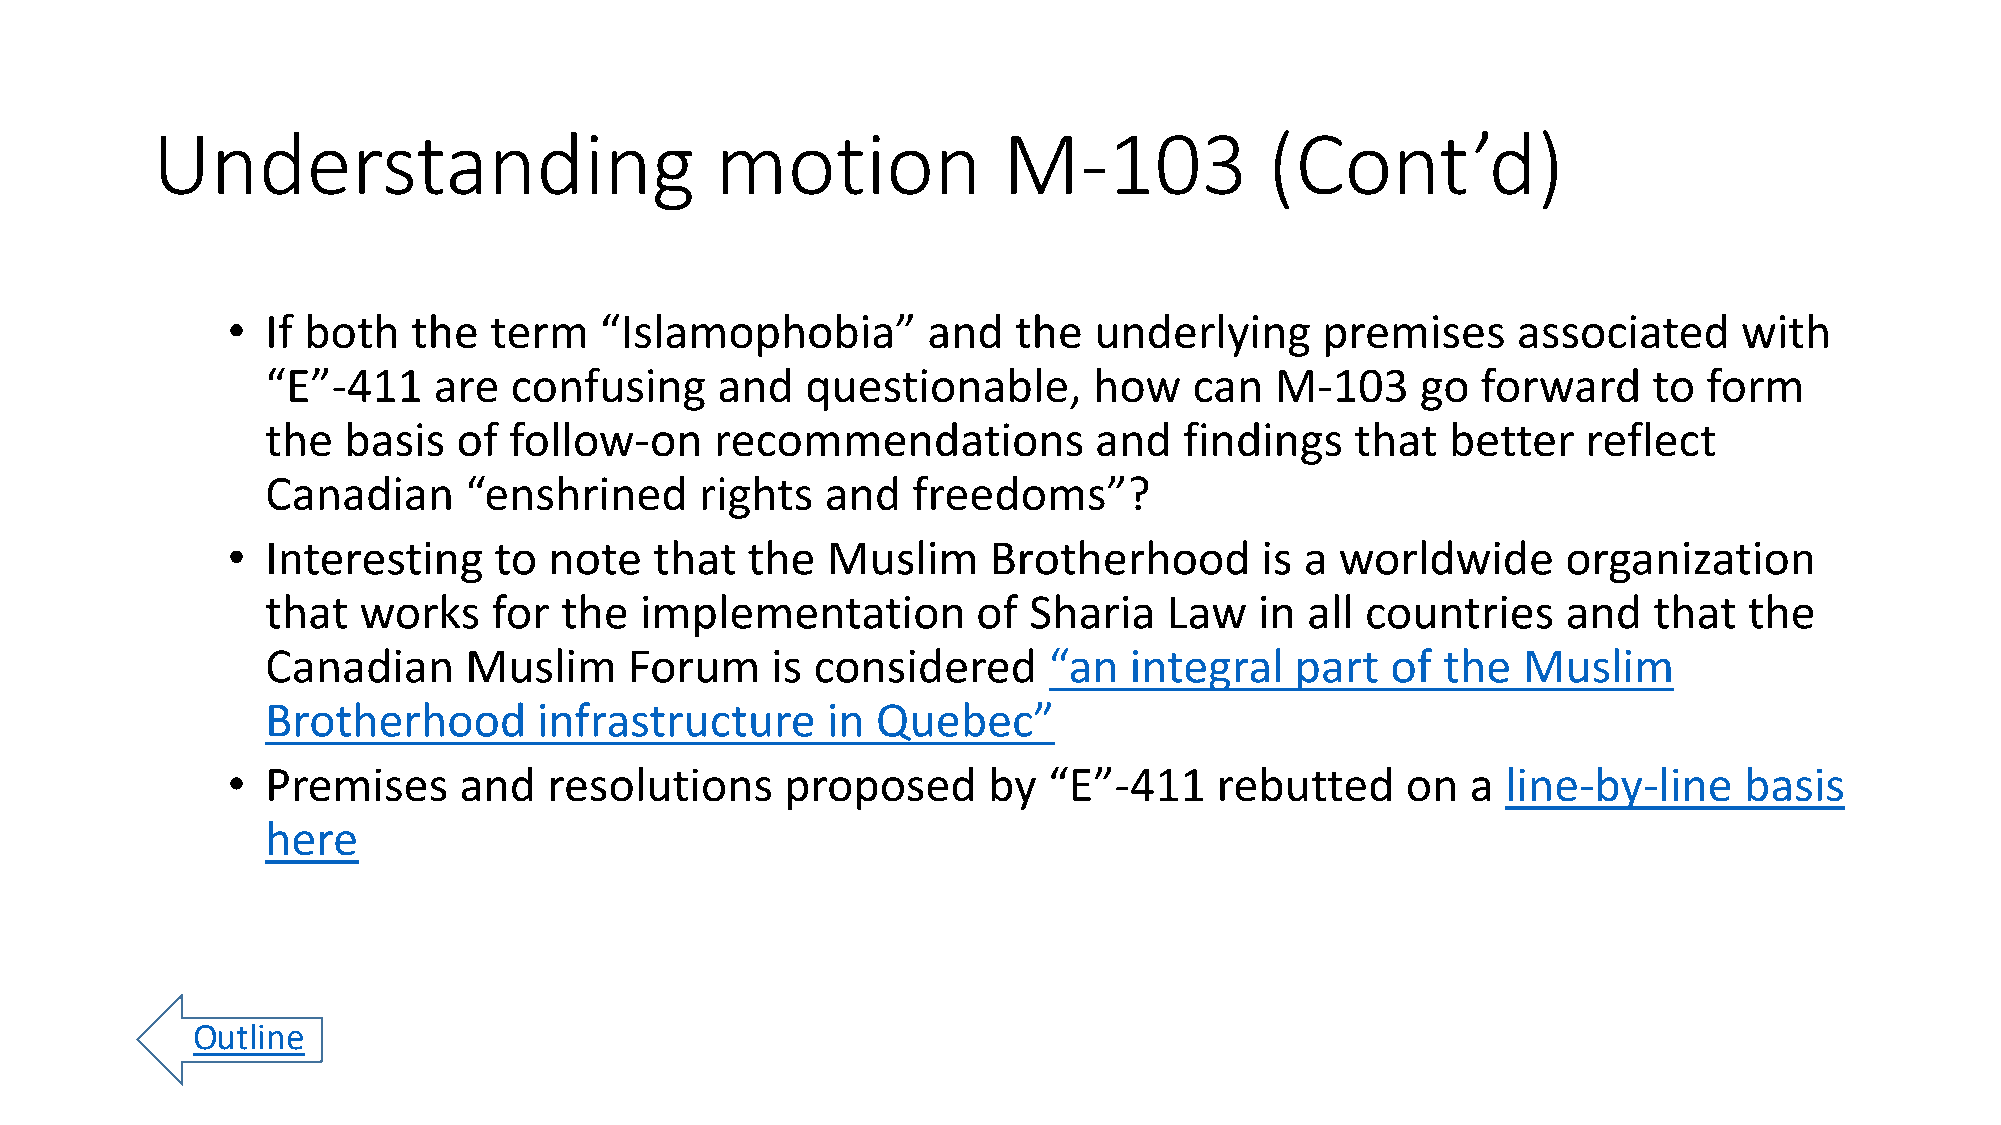
Understanding                        motion             M-103             (Cont’d)
 •  If both  the  term    “Islamophobia”       and   the  underlying     premises     associated     with
 “E”-411    are  confusing    and   questionable,      how    can  M-103     go  forward    to  form
 the  basis  of  follow-on    recommendations          and   findings    that  better   reflect
 Canadian     “enshrined     rights   and  freedoms”?
 •  Interesting    to note   that  the   Muslim    Brotherhood       is a  worldwide      organization
 that  works    for the  implementation         of Sharia   Law   in all countries     and  that   the
 Canadian     Muslim     Forum    is considered     “an   integral   part  of  the  Muslim
 Brotherhood       infrastructure     in Quebec”
 •  Premises    and   resolutions     proposed     by  “E”-411     rebutted    on  a  line-by-line   basis
 here
 Outline